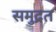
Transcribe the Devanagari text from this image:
समुद्रत